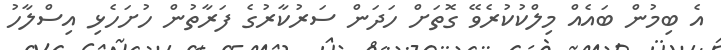
އެ ބިމުން ބައެއް މިލްކުކުރެވޭ ގޮތަށް ހަދަން ސަރުކާރުގެ ފަރާތުން ހުށަހެޅި އިސްލާހު